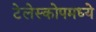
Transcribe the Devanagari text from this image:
टेलेस्कोपमध्ये